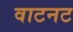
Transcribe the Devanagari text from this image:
वाटनट